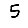
Digit: 5